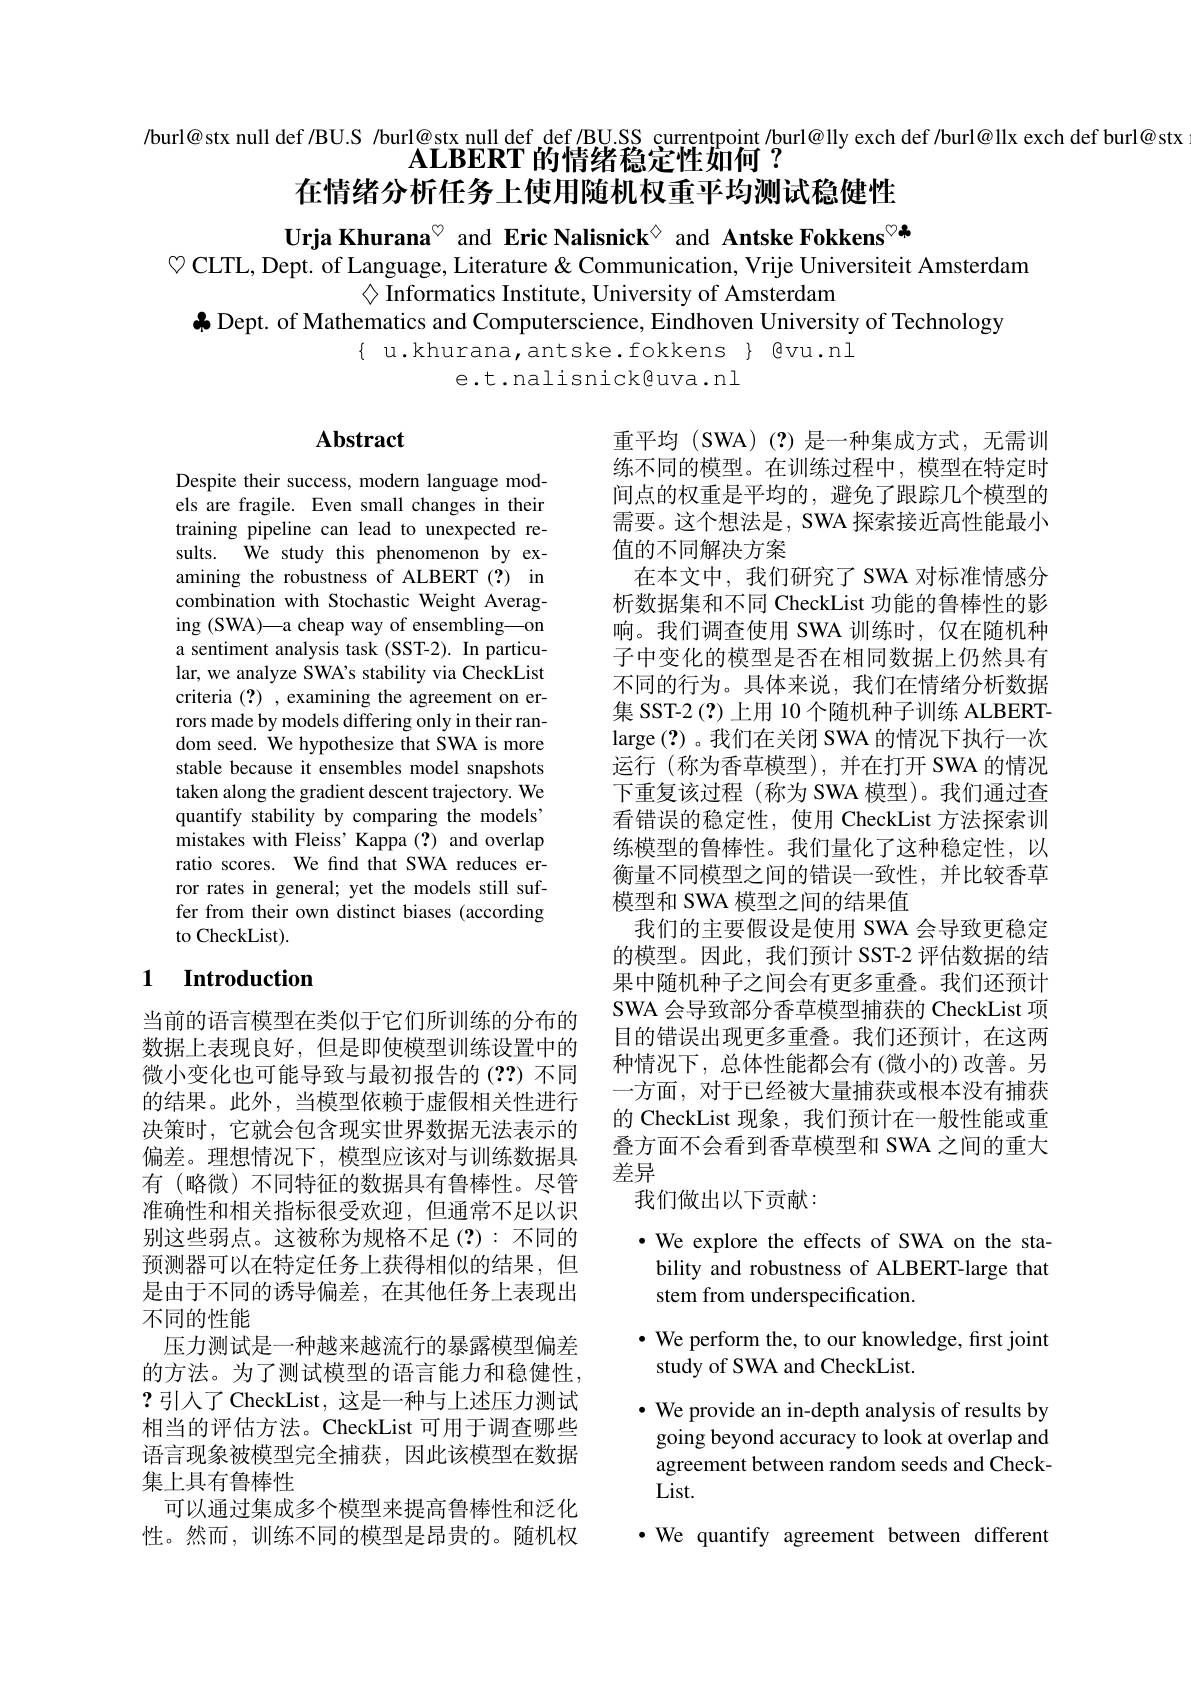
/burl@stx null def/BU.S /burl@stx null def def/BU.SS currentpoint /burl@lly exch def /burl@llx exch def burl@ stx
$\mathbf{ALBERT}$的情绪稳定性如何？
在情绪分析任务上使用随机权重平均测试稳健性

Urja Khurana$^{\circ}$ and Eric Nalisnick$^{\textcircled{\mathrm{o}}}$ and Antske Fokkens$^{\textcircled{\mathrm{o}}}$
$\heartsuit$ CLTL, Dept. of Language, Literature & Communication, Vrije Universiteit Amsterdam
$\diamondsuit$ Informatics Institute, University of Amsterdam
$\clubsuit$ Dept. of Mathematics and Computerscience, Eindhoven University of Technology
$\{$ u.khurana,antske.fokkens $\}$ @vu.nl
e.t.nalisnick@uva.nl

## $\mathbf{Abstract}$

Despite their success, modern language models are fragile. Even small changes in their training pipeline can lead to unexpected results. We study this phenomenon by examining the robustness of ALBERT (?) in combination with Stochastic Weight Averaging (SWA)—a cheap way of ensembling—on a sentiment analysis task (SST-2). In particular, we analyze SWA's stability via CheckList criteria (?) , examining the agreement on errors made by models differing only in their random seed. We hypothesize that SWA is more stable because it ensembles model snapshots taken along the gradient descent trajectory. We quantify stability by comparing the models' mistakes with Fleiss' Kappa (?) and overlap ratio scores. We find that SWA reduces error rates in general; yet the models still suffer from their own distinct biases (according to CheckList).

重平均(SWA)(?)是一种集成方式，无需训练不同的模型。在训练过程中，模型在特定时间点的权重是平均的，避免了跟踪几个模型的需要。这个想法是，SWA 探索接近高性能最小值的不同解决方案
在本文中，我们研究了 SWA 对标准情感分析数据集和不同 CheckList 功能的鲁棒性的影响。我们调查使用 SWA 训练时，仅在随机种子中变化的模型是否在相同数据上仍然具有不同的行为。具体来说，我们在情绪分析数据集 SST-2(?)上用 10 个随机种子训练 ALBERTlarge(?)。我们在关闭 SWA 的情况下执行一次运行(称为香草模型),并在打开 SWA 的情况下重复该过程 (称为 SWA 模型)。我们通过查看错误的稳定性，使用 CheckList 方法探索训练模型的鲁棒性。我们量化了这种稳定性，以衡量不同模型之间的错误一致性，并比较香草模型和 SWA 模型之间的结果值
我们的主要假设是使用 SWA 会导致更稳定的模型。因此，我们预计 SST-2 评估数据的结果中随机种子之间会有更多重叠。我们还预计SWA 会导致部分香草模型捕获的 CheckList 项目的错误出现更多重叠。我们还预计，在这两种情况下，总体性能都会有(微小的)改善。另一方面，对于已经被大量捕获或根本没有捕获的 CheckList 现象，我们预计在一般性能或重叠方面不会看到香草模型和 SWA 之间的重大差异
我们做出以下贡献：

## 1 Introduction

当前的语言模型在类似于它们所训练的分布的数据上表现良好，但是即使模型训练设置中的微小变化也可能导致与最初报告的(??)不同的结果。此外，当模型依赖于虚假相关性进行决策时，它就会包含现实世界数据无法表示的偏差。理想情况下，模型应该对与训练数据具有(略微) 不同特征的数据具有鲁棒性。尽管准确性和相关指标很受欢迎，但通常不足以识别这些弱点。这被称为规格不足(?):不同的预测器可以在特定任务上获得相似的结果，但是由于不同的诱导偏差，在其他任务上表现出不同的性能
压力测试是一种越来越流行的暴露模型偏差的方法。为了测试模型的语言能力和稳健性， ?引入了 CheckList, 这是一种与上述压力测试相当的评估方法。CheckList 可用于调查哪些语言现象被模型完全捕获，因此该模型在数据集上具有鲁棒性
可以通过集成多个模型来提高鲁棒性和泛化性。然而，训练不同的模型是昂贵的。随机权

$\bullet$ We explore the effects of SWA on the stability and robustness of ALBERT-large that stem from underspecification.
$\cdot$ We perform the, to our knowledge, first joint
study of SWA and CheckList.
$\cdot$ We provide an in-depth analysis of results by going beyond accuracy to look at overlap and agreement between random seeds and CheckList.
·We quantify agreement between different